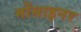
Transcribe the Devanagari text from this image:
मोंसाइनर